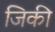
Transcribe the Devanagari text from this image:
जिकी